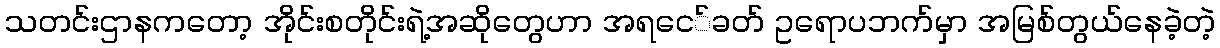
သတင်းဌာနကတော့ အိုင်းစတိုင်းရဲ့အဆိုတွေဟာ အရငေ်ခတ် ဥရောပဘက်မှာ အမြစ်တွယ်နေခဲ့တဲ့